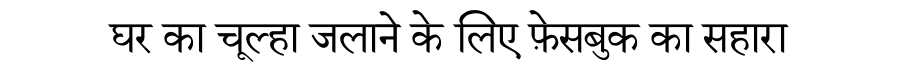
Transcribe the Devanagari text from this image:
घर का चूल्हा जलाने के लिए फ़ेसबुक का सहारा